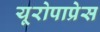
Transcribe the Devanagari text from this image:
यूरोपाप्रेस